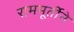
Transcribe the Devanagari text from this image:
राममूर्तीने